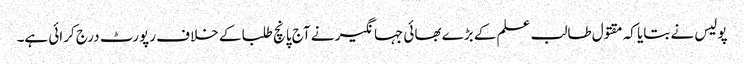
پولیس نے بتایا کہ مقتول طالب علم کے بڑے بھائی جہانگیر نے آج پانچ طلبا کے خلا ف رپورٹ درج کرائی ہے۔